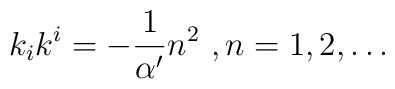
k_ik^i=-\frac{1}{\alpha'}n^2 \ , n=1,2,\dots